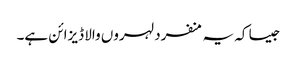
جیسا کہ یہ منفرد لہروں والا ڈیزائن ہے۔